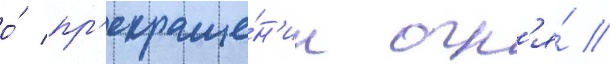
о́ пр'екраще́н'ии огн'я́ //